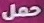
حمل